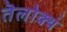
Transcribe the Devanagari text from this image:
तॆलोक्यं